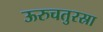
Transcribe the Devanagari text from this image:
ऊरुचतुरस्रा